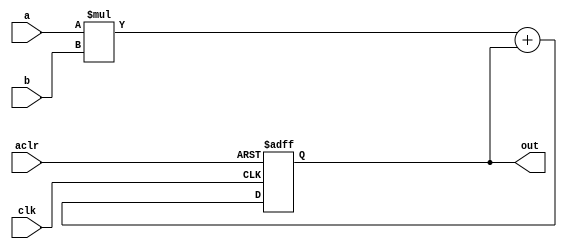
module mac(
    input signed [7:0]a,b,
    input clk,aclr,
    output signed [15:0]out
);

wire signed [15:0]adder_out,mul_out;
reg signed [15:0]reg_out;

assign adder_out = (a * b) + reg_out;

always @(posedge clk or posedge aclr) begin
    if(aclr) 
        reg_out = 16'h0000;
    else 
        reg_out = adder_out;
end

assign out = reg_out;

endmodule